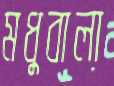
মধুবালা